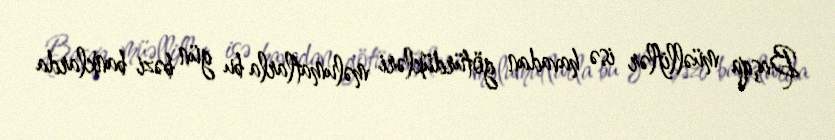
Başqa müəlliflər isə havadan götürdükləri məlumatlarla bu gün bəzi banklarda